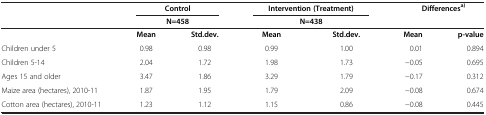
|  | <COLSPAN=2> Control | <COLSPAN=2> Intervention (Treatment) | <COLSPAN=2> Differencesa) |
 |  | <COLSPAN=2> N=458 | <COLSPAN=2> N=438 |  |  |
 | --- | --- | --- | --- | --- | --- | --- |
 |  | Mean | Std.dev. | Mean | Std.dev. | Mean | p-value |
 | Children under 5 | 0.98 | 0.98 | 0.99 | 1.00 | 0.01 | 0.894 |
 | Children 5-14 | 2.04 | 1.72 | 1.98 | 1.73 | −0.05 | 0.695 |
 | Ages 15 and older | 3.47 | 1.86 | 3.29 | 1.79 | −0.17 | 0.312 |
 | Maize area (hectares), 2010-11 | 1.87 | 1.95 | 1.79 | 2.09 | −0.08 | 0.674 |
 | Cotton area (hectares), 2010-11 | 1.23 | 1.12 | 1.15 | 0.86 | −0.08 | 0.445 |